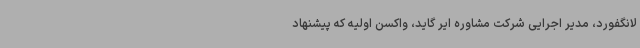
لانگفورد، مدیر اجرایی شرکت مشاوره ایر گاید، واکسن اولیه که پیشنهاد